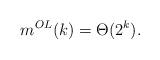
LaTeX: \begin{align*} m^{OL}(k) = \Theta(2^k)\textrm{.}\end{align*}